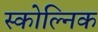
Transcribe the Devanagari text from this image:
स्कोल्निक